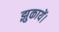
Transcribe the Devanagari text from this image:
झुकायें।